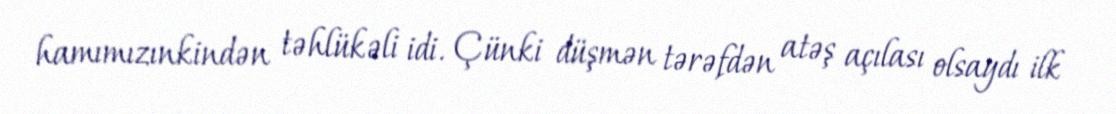
hamımızınkindən təhlükəli idi. Çünki düşmən tərəfdən atəş açılası olsaydı ilk